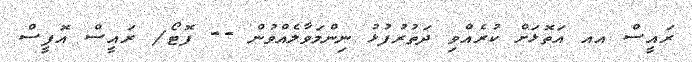
ރައީސް އއ އަތޮޅަށް ކުރެއްވި ދަތުރުފުޅު ނިންމަވާލެއްވުން -- ފޮޓޯ/ ރައީސް އޮފީސް